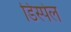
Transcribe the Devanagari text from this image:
डिस्पेल